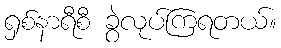
ရှစ်နာရီစီ ခွဲလုပ်ကြရတယ်။